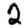
Digit: 2